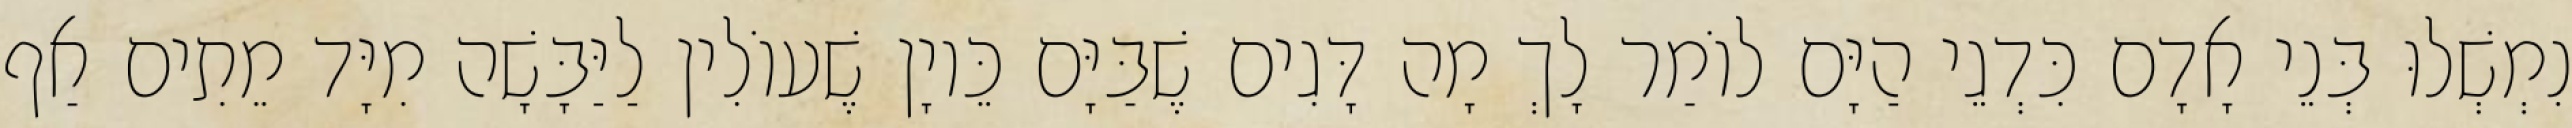
נִמְשְׁלוּ בְּנֵי אָדָם כִּדְגֵי הַיָּם לוֹמַר לָךְ מָה דָּגִים שֶׁבַּיָּם כֵּיוָן שֶׁעוֹלִין לַיַּבָּשָׁה מִיָּד מֵתִים אַף